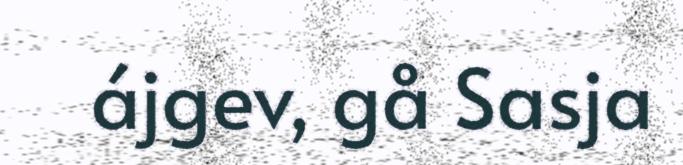
ájgev, gå Sasja